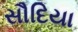
સૌદિયા